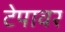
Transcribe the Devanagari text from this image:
टेपावर